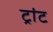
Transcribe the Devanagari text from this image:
ट्रांट